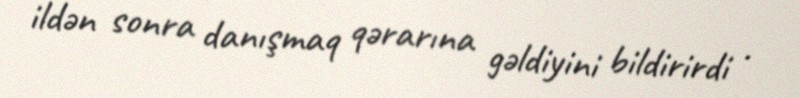
ildən sonra danışmaq qərarına gəldiyini bildirirdi .